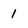
Character: 1